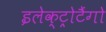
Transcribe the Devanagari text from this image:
इलेक्ट्रोटैंगो